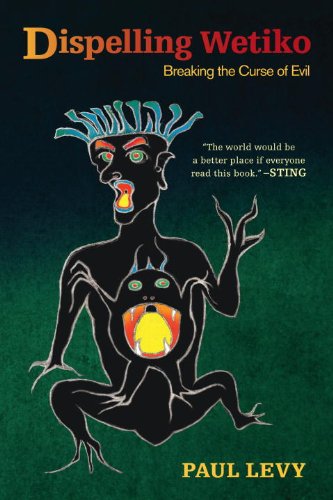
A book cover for Dispelling Wetiko: Breaking the Curse of Evil; Paul Levy; Religion & Spirituality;